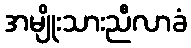
အမျိုးသားညီလာခံ